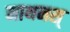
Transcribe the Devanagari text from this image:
नाथनस्